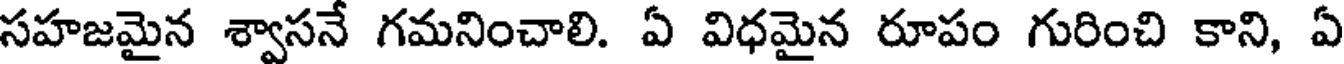
సహజమైన శ్వాసనే గమనించాలి. ఏ విధమైన రూపం గురించి కాని, ఏ